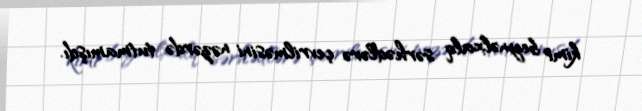
kimi beynəlxalq sərhədlərə çevrilməsini nəzərdə tutmamışdı.